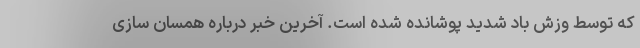
که توسط وزش باد شدید پوشانده شده است. آخرین خبر درباره همسان سازی